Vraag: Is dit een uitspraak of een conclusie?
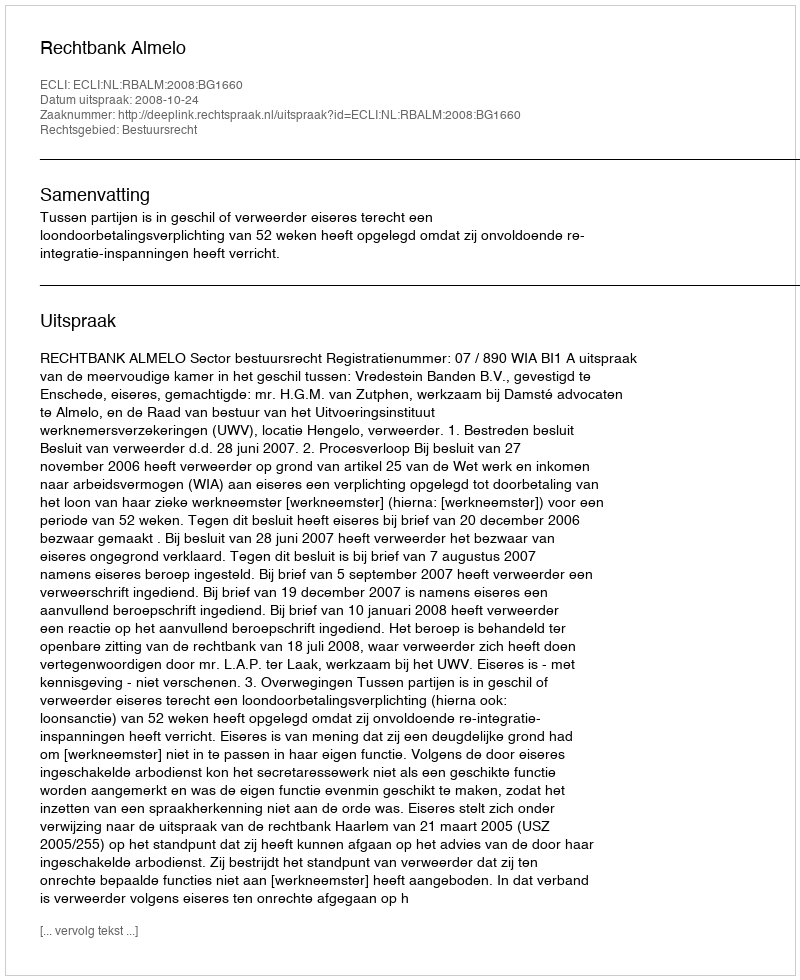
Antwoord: Uitspraak